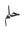
حلم